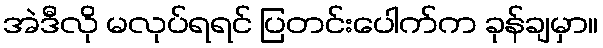
အဲဒီလို မလုပ်ရရင် ပြတင်းပေါက်က ခုန်ချမှာ။